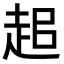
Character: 𧺽